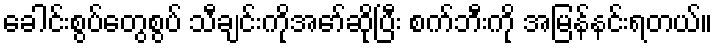
ခေါင်းစွပ်တွေစွပ် သီချင်းကိုအော်ဆိုပြီး စက်ဘီးကို အမြန်နင်းရတယ်။